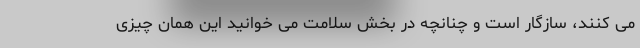
می کنند، سازگار است و چنانچه در بخش سلامت می خوانید این همان چیزی